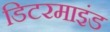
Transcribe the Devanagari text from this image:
डिटरमाइंड